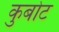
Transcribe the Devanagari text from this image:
कुबोट